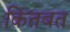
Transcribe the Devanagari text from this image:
कितबत